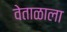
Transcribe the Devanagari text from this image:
वेताळाला